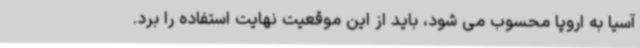
آسیا به اروپا محسوب می شود، باید از این موقعیت نهایت استفاده را برد.